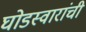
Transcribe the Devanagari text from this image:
घोडस्वारांची